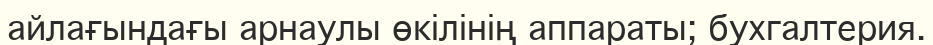
айлағындағы арнаулы өкілінің аппараты; бухгалтерия.